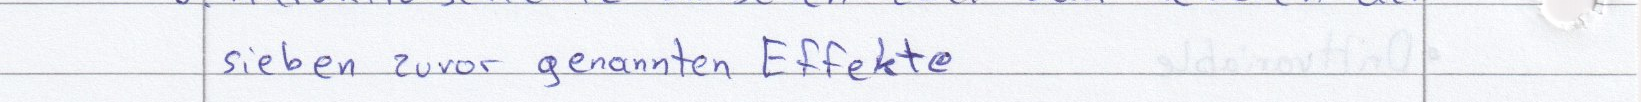
sieben zuvor genannten Effekte